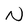
Character: N